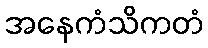
အနေကံသိကတံ